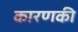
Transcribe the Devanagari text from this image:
कारणकी